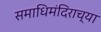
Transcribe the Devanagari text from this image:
समाधिमंदिराच्या